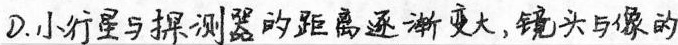
D.小行星与探测器的距离逐渐变大,镜头与像的